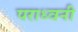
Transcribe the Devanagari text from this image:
पराध्वनी